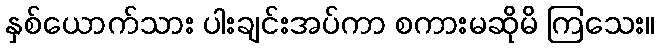
နှစ်ယောက်သား ပါးချင်းအပ်ကာ စကားမဆိုမိ ကြသေး။